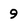
Character: 9